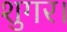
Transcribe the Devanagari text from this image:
शुगर।